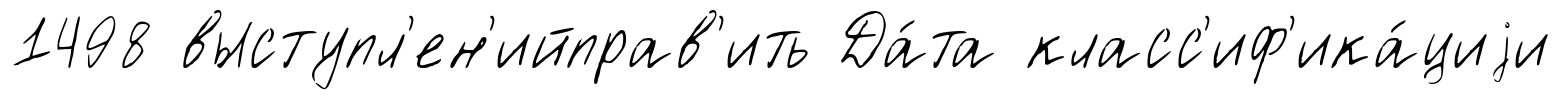
1498 выступл'ен'ийправ'ить Да́та класс'иф'ика́циjи